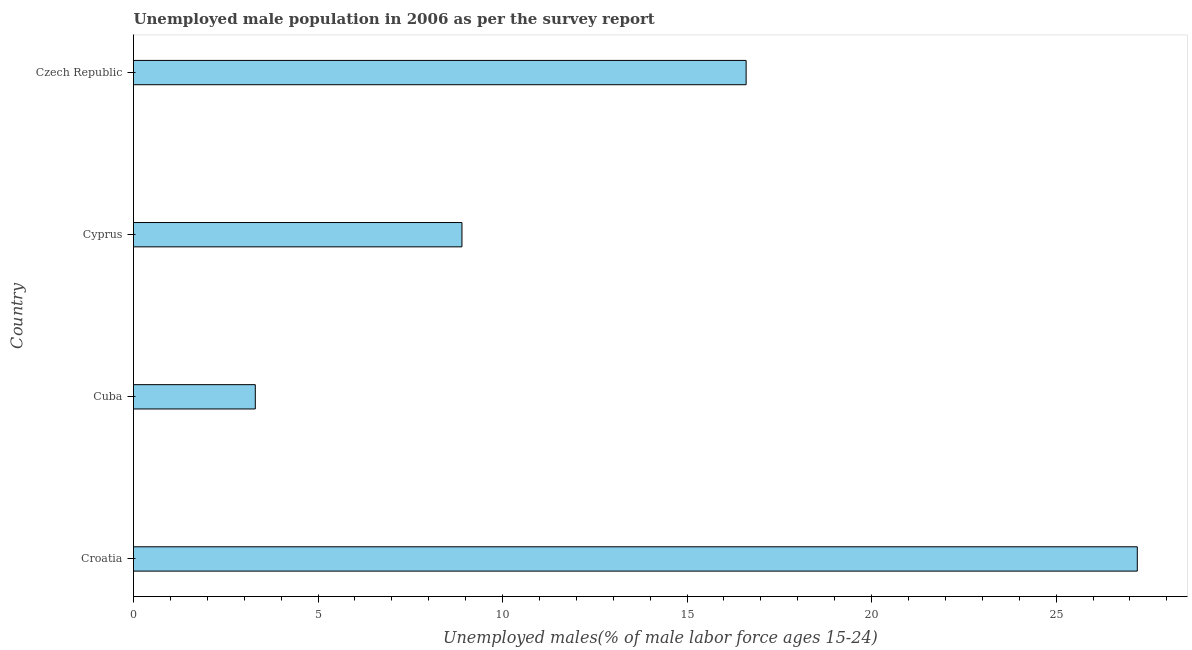
| Country | Unemployment youth male |
 | --- | --- |
 | Croatia | 27.2 |
 | Cuba | 3.3 |
 | Cyprus | 8.9 |
 | Czech Republic | 16.6 |